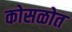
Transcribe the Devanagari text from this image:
कोसळोत